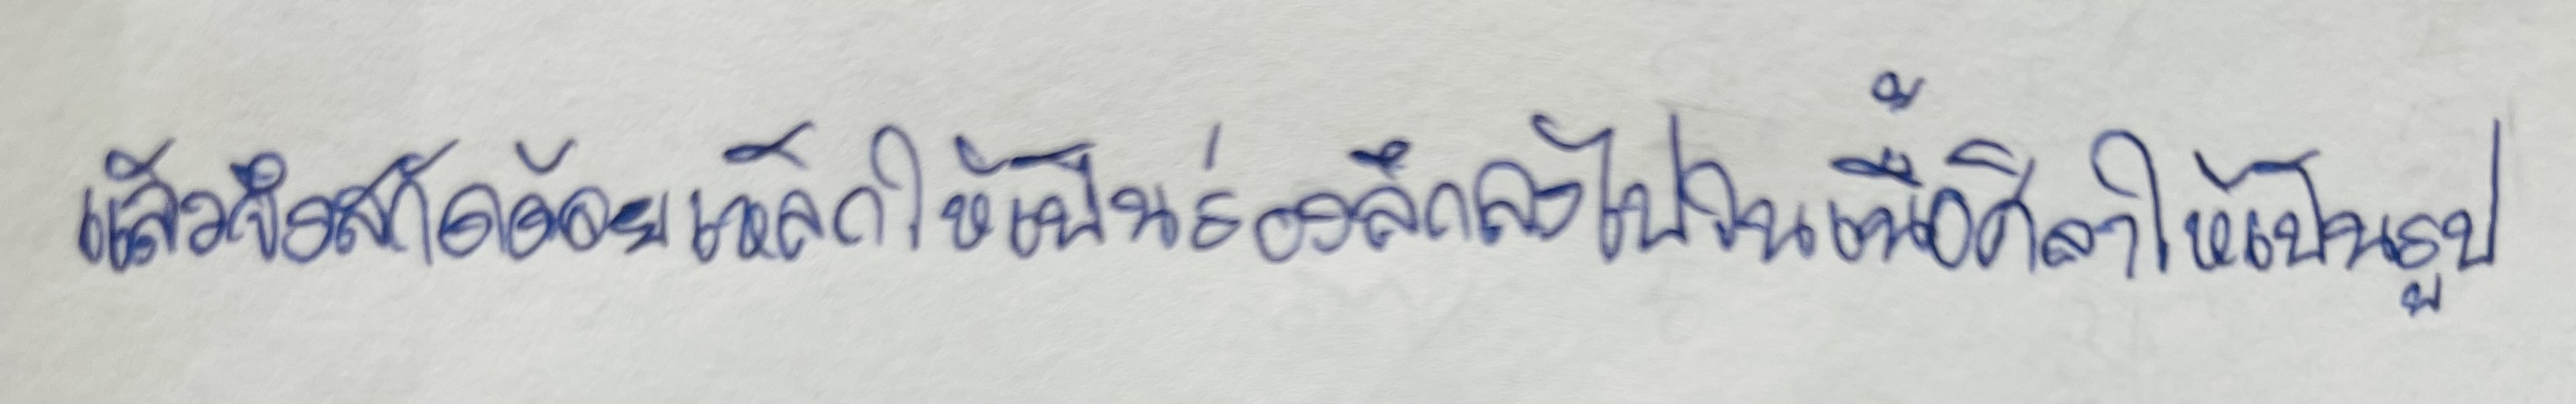
แล้วจึงสกัดด้วยเหล็กให้เป็นร่องลึกลงไปในเนื้อศิลาให้เป็นรูป